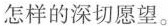
怎样的深切愿望。